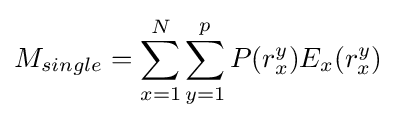
M_{single}=\sum _{x=1}^{N}\sum _{y=1}^{p}P(r_{x}^{y})E_{x}(r_{x}^{y})